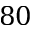
8 0